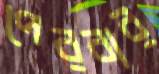
পেরবার